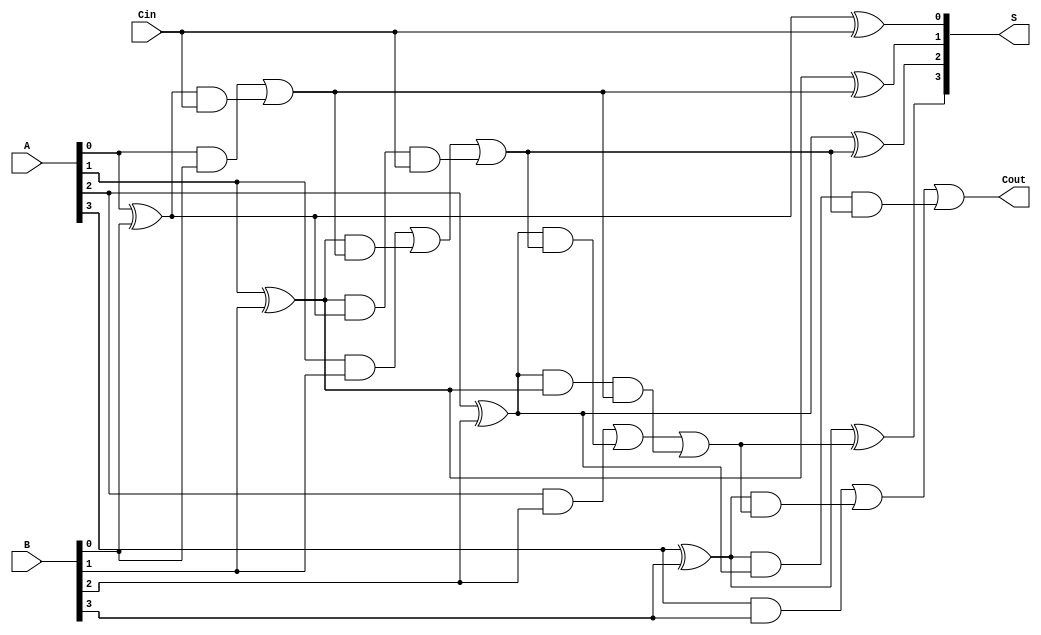
module CILA #(parameter n = 4) (
    input [n-1:0] A,      // First n-bit input
    input [n-1:0] B,      // Second n-bit input
    input Cin,            // Carry-in
    output [n-1:0] S,     // n-bit sum output
    output Cout           // Carry-out
);

    // Internal signals for generate and propagate
    wire [n-1:0] G; // Generate signals
    wire [n-1:0] P; // Propagate signals
    wire [n:0] C;    // Carry signals

    // Generate and Propagate Logic
    genvar i;
    generate
        for (i = 0; i < n; i = i + 1) begin : gen_prop
            assign G[i] = A[i] & B[i]; // Generate
            assign P[i] = A[i] ^ B[i]; // Propagate
        end
    endgenerate

    // Carry Generation Logic
    assign C[0] = Cin; // Initial carry-in
    generate
        for (i = 0; i < n; i = i + 1) begin : carry_gen
            if (i == 0) begin
                assign C[i + 1] = G[i] | (P[i] & C[i]); // C[1]
            end else begin
                assign C[i + 1] = G[i] | (P[i] & C[i]) | (P[i] & P[i - 1] & C[i - 1]); // C[i + 1]
            end
        end
    endgenerate

    // Sum Calculation
    generate
        for (i = 0; i < n; i = i + 1) begin : sum_calc
            assign S[i] = P[i] ^ C[i]; // Sum
        end
    endgenerate

    // Carry-out
    assign Cout = C[n]; // Final carry-out

endmodule